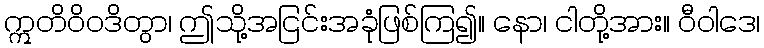
ဣတိဝိဝဒိတွာ၊ ဤသို့အငြင်းအခုံဖြစ်ကြ၍။ နော၊ ငါတို့အား။ ဝီဝါဒေ၊